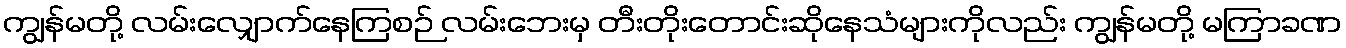
ကျွန်မတို့ လမ်းလျှောက်နေကြစဉ် လမ်းဘေးမှ တီးတိုးတောင်းဆိုနေသံများကိုလည်း ကျွန်မတို့ မကြာခဏ